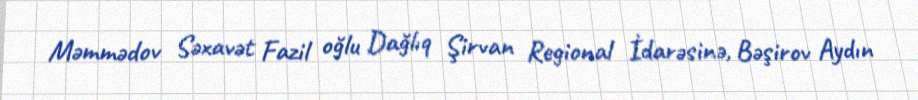
Məmmədov Səxavət Fazil oğlu Dağlıq Şirvan Regional İdarəsinə, Bəşirov Aydın